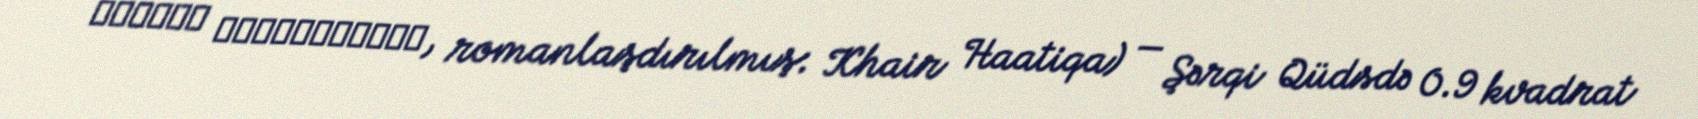
הָעִיר הָעַתִּיקָה, romanlaşdırılmış: Khair Haatiqa) — Şərqi Qüdsdə 0.9 kvadrat